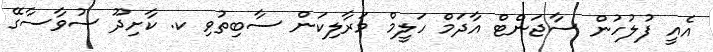
އެއީ ފުލުހުން ސާޖަންޓް އާދަމް ހަލީމް މަރާލިކަން ސާބިތުވި ކ. ކާށިދޫ ސުވާސާގޭ